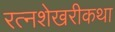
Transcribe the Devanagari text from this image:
रत्नशेखरीकथा